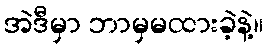
အဲဒီမှာ ဘာမှမထားခဲ့နဲ့။